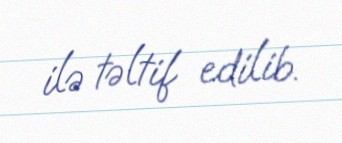
ilə təltif edilib.